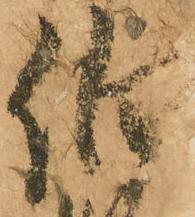
伯